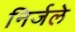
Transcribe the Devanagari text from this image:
निर्जले